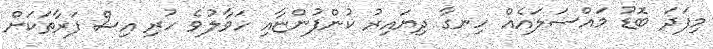
މިފަދަ ބޮޑު މައްސަލައެއް ހިނގާ ދިޔައިރު ކުންފުންޏާއި ހަވާލުވެ ހުރި އިސް ފަރާތަކަށް